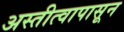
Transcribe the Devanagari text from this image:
अस्तीत्वापासून